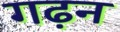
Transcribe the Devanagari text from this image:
गढ़न